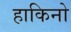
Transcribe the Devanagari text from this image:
हाकिनो